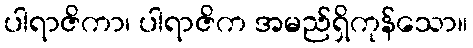
ပါရာဇိကာ၊ ပါရာဇိက အမည်ရှိကုန်သော။